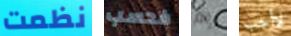
نظمت فحسب رام لاأحب